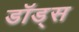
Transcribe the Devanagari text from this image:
डॉड्स